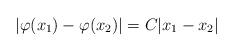
LaTeX: \begin{align*}| \varphi(x_1) - \varphi(x_2) | = C |x_1 - x_2|\end{align*}